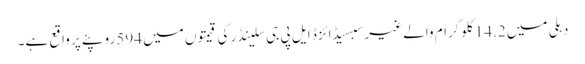
دہلی میں 14.2 کلوگرام والے غیر سبسیڈائزڈ ایل پی جی سلینڈر کی قیمتوں میں 594 روپئے پر واقع ہے۔